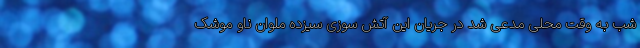
شب به وقت محلی مدعی شد در جریان این آتش سوزی سیزده ملوان ناو موشک